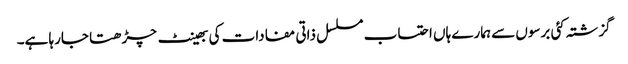
گزشتہ کئی برسوں سے ہمارے ہاں احتساب مسلسل ذاتی مفادات کی بھینٹ چڑھتا جارہا ہے۔